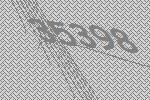
35398